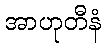
အာဟုတီနံ